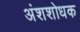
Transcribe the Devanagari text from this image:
अंशशोधक